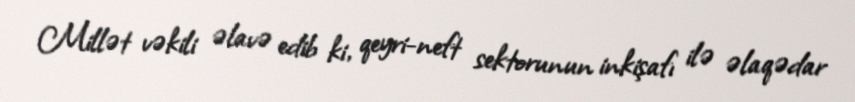
Millət vəkili əlavə edib ki, qeyri-neft sektorunun inkişafı ilə əlaqədar